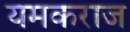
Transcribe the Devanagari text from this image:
यमकराज